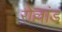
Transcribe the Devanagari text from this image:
रोल्लांड